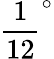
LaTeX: \frac{1}{12}^{\circ}